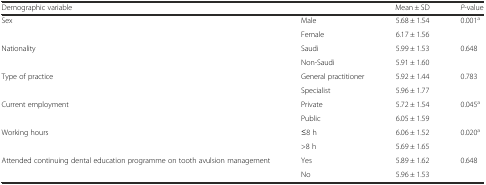
<table><thead><tr><td><b>Demographic variable</b></td><td></td><td><b>Mean ± SD</b></td><td><b><i>P</i>-value</b></td></tr></thead><tbody><tr><td>Sex</td><td>Male</td><td>5.68 ± 1.54</td><td>0.001<sup>a</sup></td></tr><tr><td></td><td>Female</td><td>6.17 ± 1.56</td><td></td></tr><tr><td>Nationality</td><td>Saudi</td><td>5.99 ± 1.53</td><td>0.648</td></tr><tr><td></td><td>Non-Saudi</td><td>5.91 ± 1.60</td><td></td></tr><tr><td>Type of practice</td><td>General practitioner</td><td>5.92 ± 1.44</td><td>0.783</td></tr><tr><td></td><td>Specialist</td><td>5.96 ± 1.77</td><td></td></tr><tr><td>Current employment</td><td>Private</td><td>5.72 ± 1.54</td><td>0.045<sup>a</sup></td></tr><tr><td></td><td>Public</td><td>6.05 ± 1.59</td><td></td></tr><tr><td>Working hours</td><td>≤8 h</td><td>6.06 ± 1.52</td><td>0.020<sup>a</sup></td></tr><tr><td></td><td>&gt;8 h</td><td>5.69 ± 1.65</td><td></td></tr><tr><td>Attended continuing dental education programme on tooth avulsion management</td><td>Yes</td><td>5.89 ± 1.62</td><td>0.648</td></tr><tr><td></td><td>No</td><td>5.96 ± 1.53</td><td></td></tr></tbody></table>